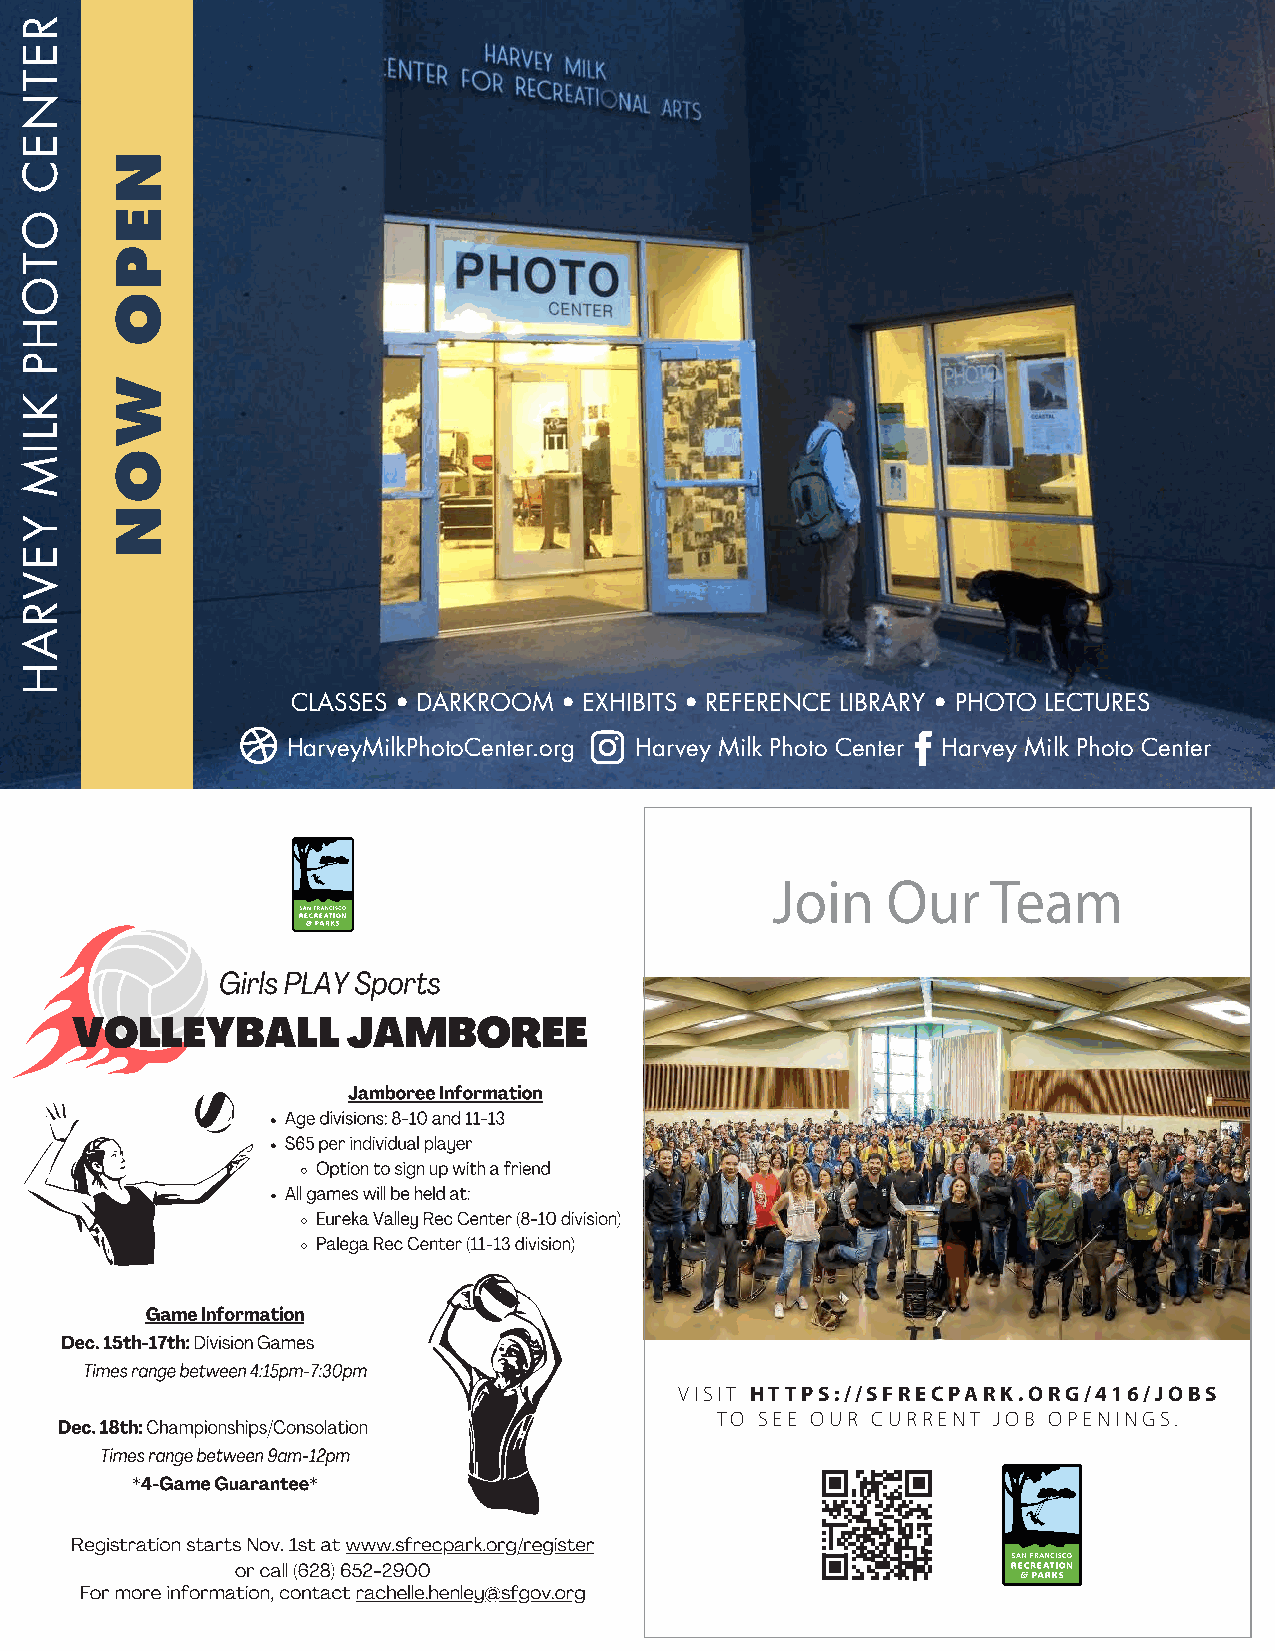
CLASSES • DARKROOM • EXHIBITS • REFERENCE LIBRARY • PHOTO LECTURES
 HarveyMilkPhotoCenter.org Harvey Milk Photo Center Harvey Milk Photo Center
 Join    Our    Team
 Girls PLAY Sports
 VOLLEYBALL        JAMBOREE
 Jamboree Information
 Age divisions: 8-10 and 11-13
 $65 per individual player
 Option to sign up with a friend
 All games will be held at:
 Eureka Valley Rec Center (8-10 division)
 Palega Rec Center (11-13 division)
 Game Information
 Dec. 15th-17th: Division Games
 Times range between 4:15pm-7:30pm
 VISIT HTTPS://SFRECPARK.ORG/416/JOBS
 Dec. 18th: Championships/Consolation       TO SEE OUR CURRENT JOB OPENINGS.
 Times range between 9am-12pm
 *4-Game Guarantee*
 Registration starts Nov. 1st at www.sfrecpark.org/register
 or call (628) 652-2900
 For more information, contact rachelle.henley@sfgov.org
 RETNEC
 OTOHP
 KLIM
 YEVRAH
 NEPO
 WON